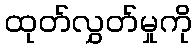
ထုတ်လွှတ်မှုကို